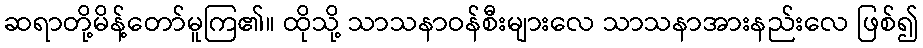
ဆရာတို့မိန့်တော်မူကြ၏။ ထိုသို့ သာသနာဝန်စီးများလေ သာသနာအားနည်းလေ ဖြစ်၍